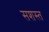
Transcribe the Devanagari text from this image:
सशस्त